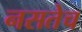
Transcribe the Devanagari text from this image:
नसतेच